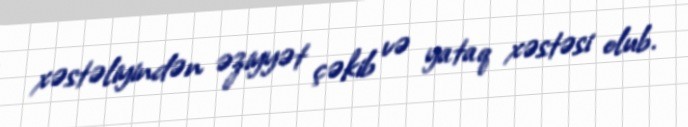
xəstəliyindən əziyyət çəkib və yataq xəstəsi olub.